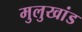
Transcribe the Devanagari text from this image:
मुलुखांड